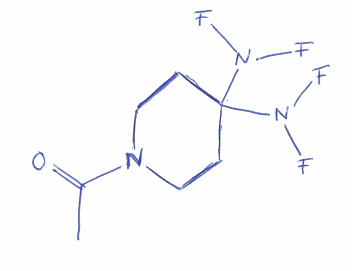
Simplified molecular-input line-entry system (SMILES) notation of the given molecule:
CC(=O)N1CCC(CC1)(N(F)F)N(F)F